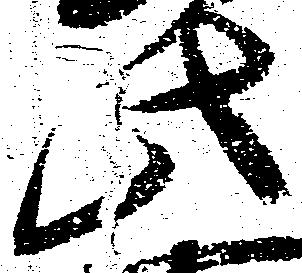
此